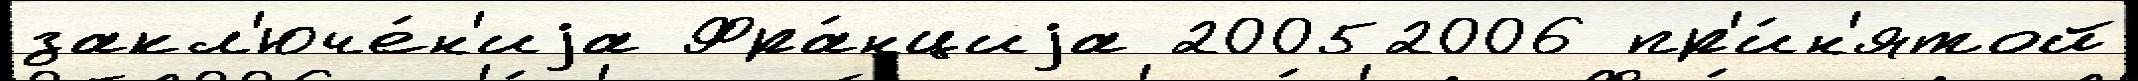
закл'юче́н'иjа Фра́нциjа 20052006 пр'и́н'ятой